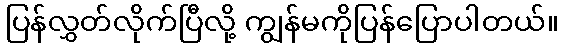
ပြန်လွှတ်လိုက်ပြီလို့ ကျွန်မကိုပြန်ပြောပါတယ်။